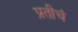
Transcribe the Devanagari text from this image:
प्रतीचं